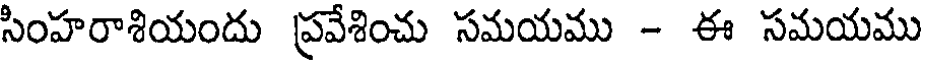
సింహరాశియందు ప్రవేశించు సమయము - ఈ సమయము